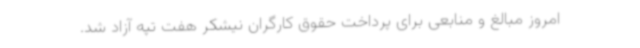
امروز مبالغ و منابعی برای پرداخت حقوق کارگران نیشکر هفت تپه آزاد شد.